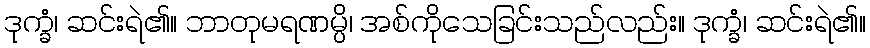
ဒုက္ခံ၊ ဆင်းရဲ၏။ ဘာတုမရဏမ္ပိ၊ အစ်ကိုသေခြင်းသည်လည်း။ ဒုက္ခံ၊ ဆင်းရဲ၏။